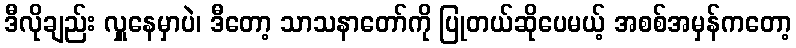
ဒီလိုချည်း လှူနေမှာပဲ၊ ဒီတော့ သာသနာတော်ကို ပြုတယ်ဆိုပေမယ့် အစစ်အမှန်ကတော့